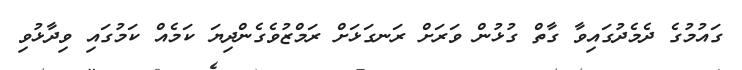
ގައުމުގެ ދެމެދުގައިވާ ގާތް ގުޅުން ވަރަށް ރަނގަޅަށް ރަމްޒުވެގެންދިޔަ ކަމެއް ކަމުގައި ވިދާޅުވި